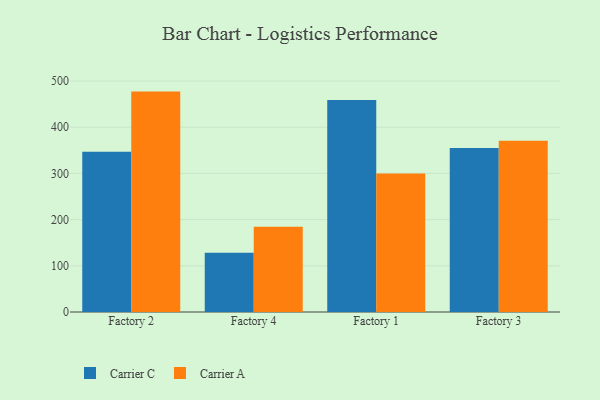
{"axis": {"x": "Factory", "y": "Energy Usage (MWh)"}, "legend": ["Carrier A", "Carrier C"], "data": [{"x": "Factory 2", "y": 347.1, "type": "Carrier C"}, {"x": "Factory 2", "y": 477.1, "type": "Carrier A"}, {"x": "Factory 4", "y": 128.0, "type": "Carrier C"}, {"x": "Factory 4", "y": 184.7, "type": "Carrier A"}, {"x": "Factory 1", "y": 458.8, "type": "Carrier C"}, {"x": "Factory 1", "y": 300.0, "type": "Carrier A"}, {"x": "Factory 3", "y": 355.1, "type": "Carrier C"}, {"x": "Factory 3", "y": 370.7, "type": "Carrier A"}]}